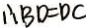
\therefore B D = D C